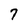
Character: 7